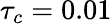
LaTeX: \tau_{c}=0.01